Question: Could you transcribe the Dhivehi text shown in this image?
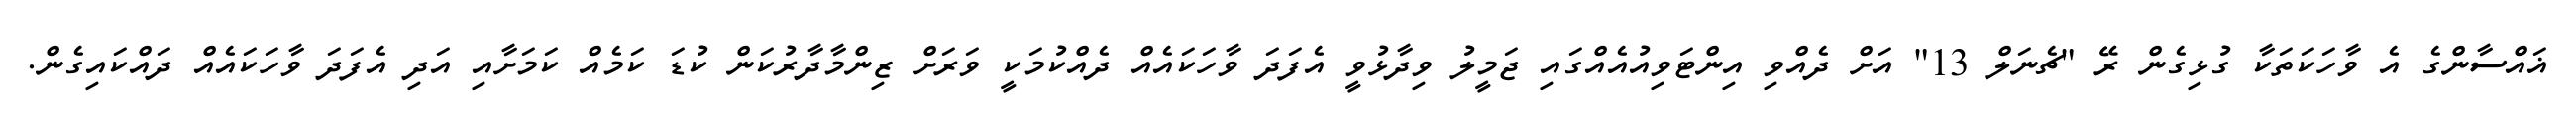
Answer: ޣައްސާންގެ އެ ވާހަކަތަކާ ގުޅިގެން ރޭ "ޗެނަލް 13" އަށް ދެއްވި އިންޓަވިއުއެއްގައި ޖަމީލު ވިދާޅުވީ އެފަދަ ވާހަކައެއް ދެއްކުމަކީ ވަރަށް ޒިންމާދާރުކަން ކުޑަ ކަމެއް ކަމަށާއި އަދި އެފަދަ ވާހަކައެއް ދައްކައިގެން.